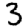
Digit: 3